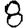
Digit: 8